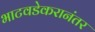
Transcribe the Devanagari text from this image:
भाटवडेकरानंतर